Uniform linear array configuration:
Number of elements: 4
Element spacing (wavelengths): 0.5
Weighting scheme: kaiser
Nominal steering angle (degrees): -45
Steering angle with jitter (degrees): -46.187
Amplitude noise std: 0.05
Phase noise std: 0.05

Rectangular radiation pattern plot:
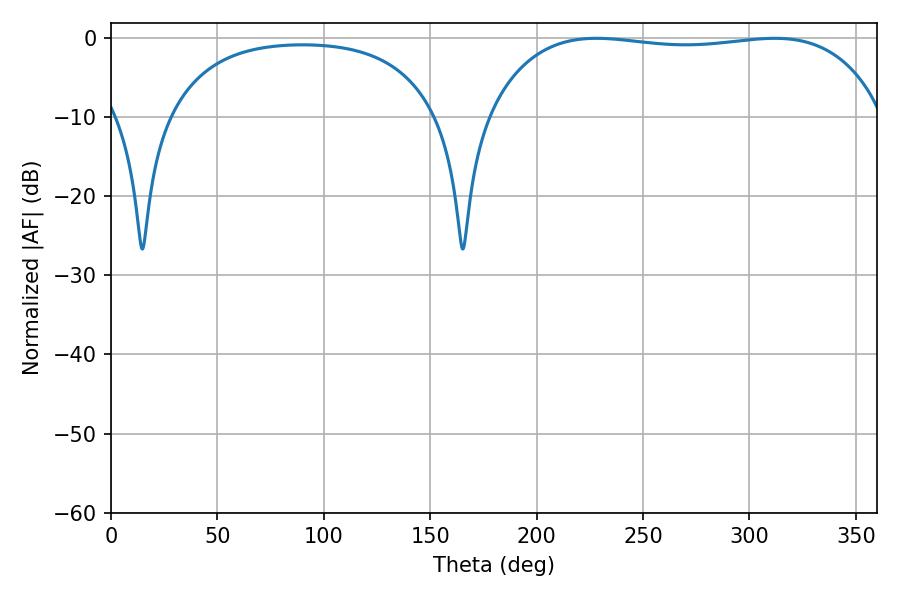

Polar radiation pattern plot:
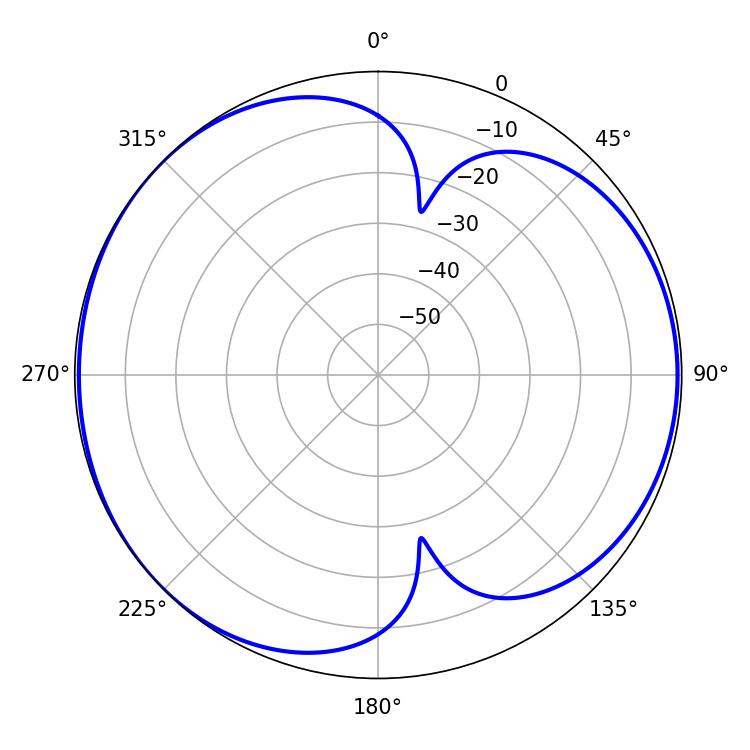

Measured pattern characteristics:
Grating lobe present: FALSE
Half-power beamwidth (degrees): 148.68
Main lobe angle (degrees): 228.06